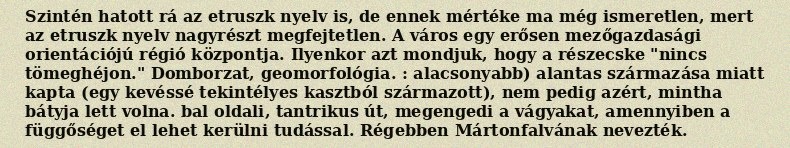
Szintén hatott rá az etruszk nyelv is, de ennek mértéke ma még ismeretlen, mert az etruszk nyelv nagyrészt megfejtetlen. A város egy erősen mezőgazdasági orientációjú régió központja. Ilyenkor azt mondjuk, hogy a részecske "nincs tömeghéjon." Domborzat, geomorfológia. : alacsonyabb) alantas származása miatt kapta (egy kevéssé tekintélyes kasztból származott), nem pedig azért, mintha bátyja lett volna. bal oldali, tantrikus út, megengedi a vágyakat, amennyiben a függőséget el lehet kerülni tudással. Régebben Mártonfalvának nevezték.